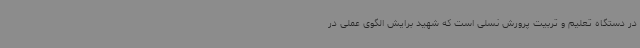
در دستگاه تعلیم و تربیت پرورش نسلی است که شهید برایش الگوی عملی در